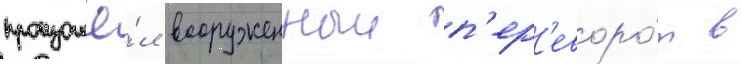
произошё́л вооруженныи п'ер'еворо́т в